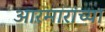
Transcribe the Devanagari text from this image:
आरमारांच्या